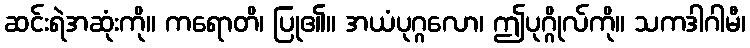
ဆင်းရဲအဆုံးကို။ ကရောတိ၊ ပြု၏။ အယံပုဂ္ဂလော၊ ဤပုဂ္ဂိုလ်ကို။ သကဒါဂါမီ၊